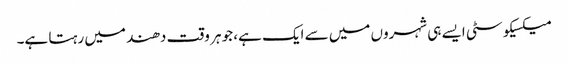
میکسیکو سٹی ایسے ہی شہروں میں سے ایک ہے، جو ہر وقت دھند میں رہتا ہے۔